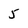
Character: 5